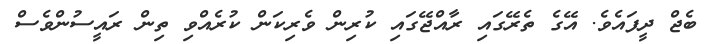
ބެޖް ދީފައެވެ. އޭގެ ތެރޭގައި ރާއްޖޭގައި ކުރިން ވެރިކަން ކުރެއްވި ތިން ރައީސުންވެސް